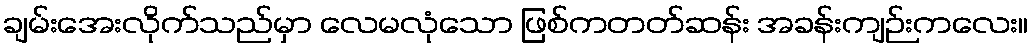
ချမ်းအေးလိုက်သည်မှာ လေမလုံသော ဖြစ်ကတတ်ဆန်း အခန်းကျဉ်းကလေး။